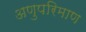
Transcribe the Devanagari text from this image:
अणुपरिमाण